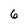
Character: 6